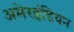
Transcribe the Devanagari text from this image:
अमेरइंडियन